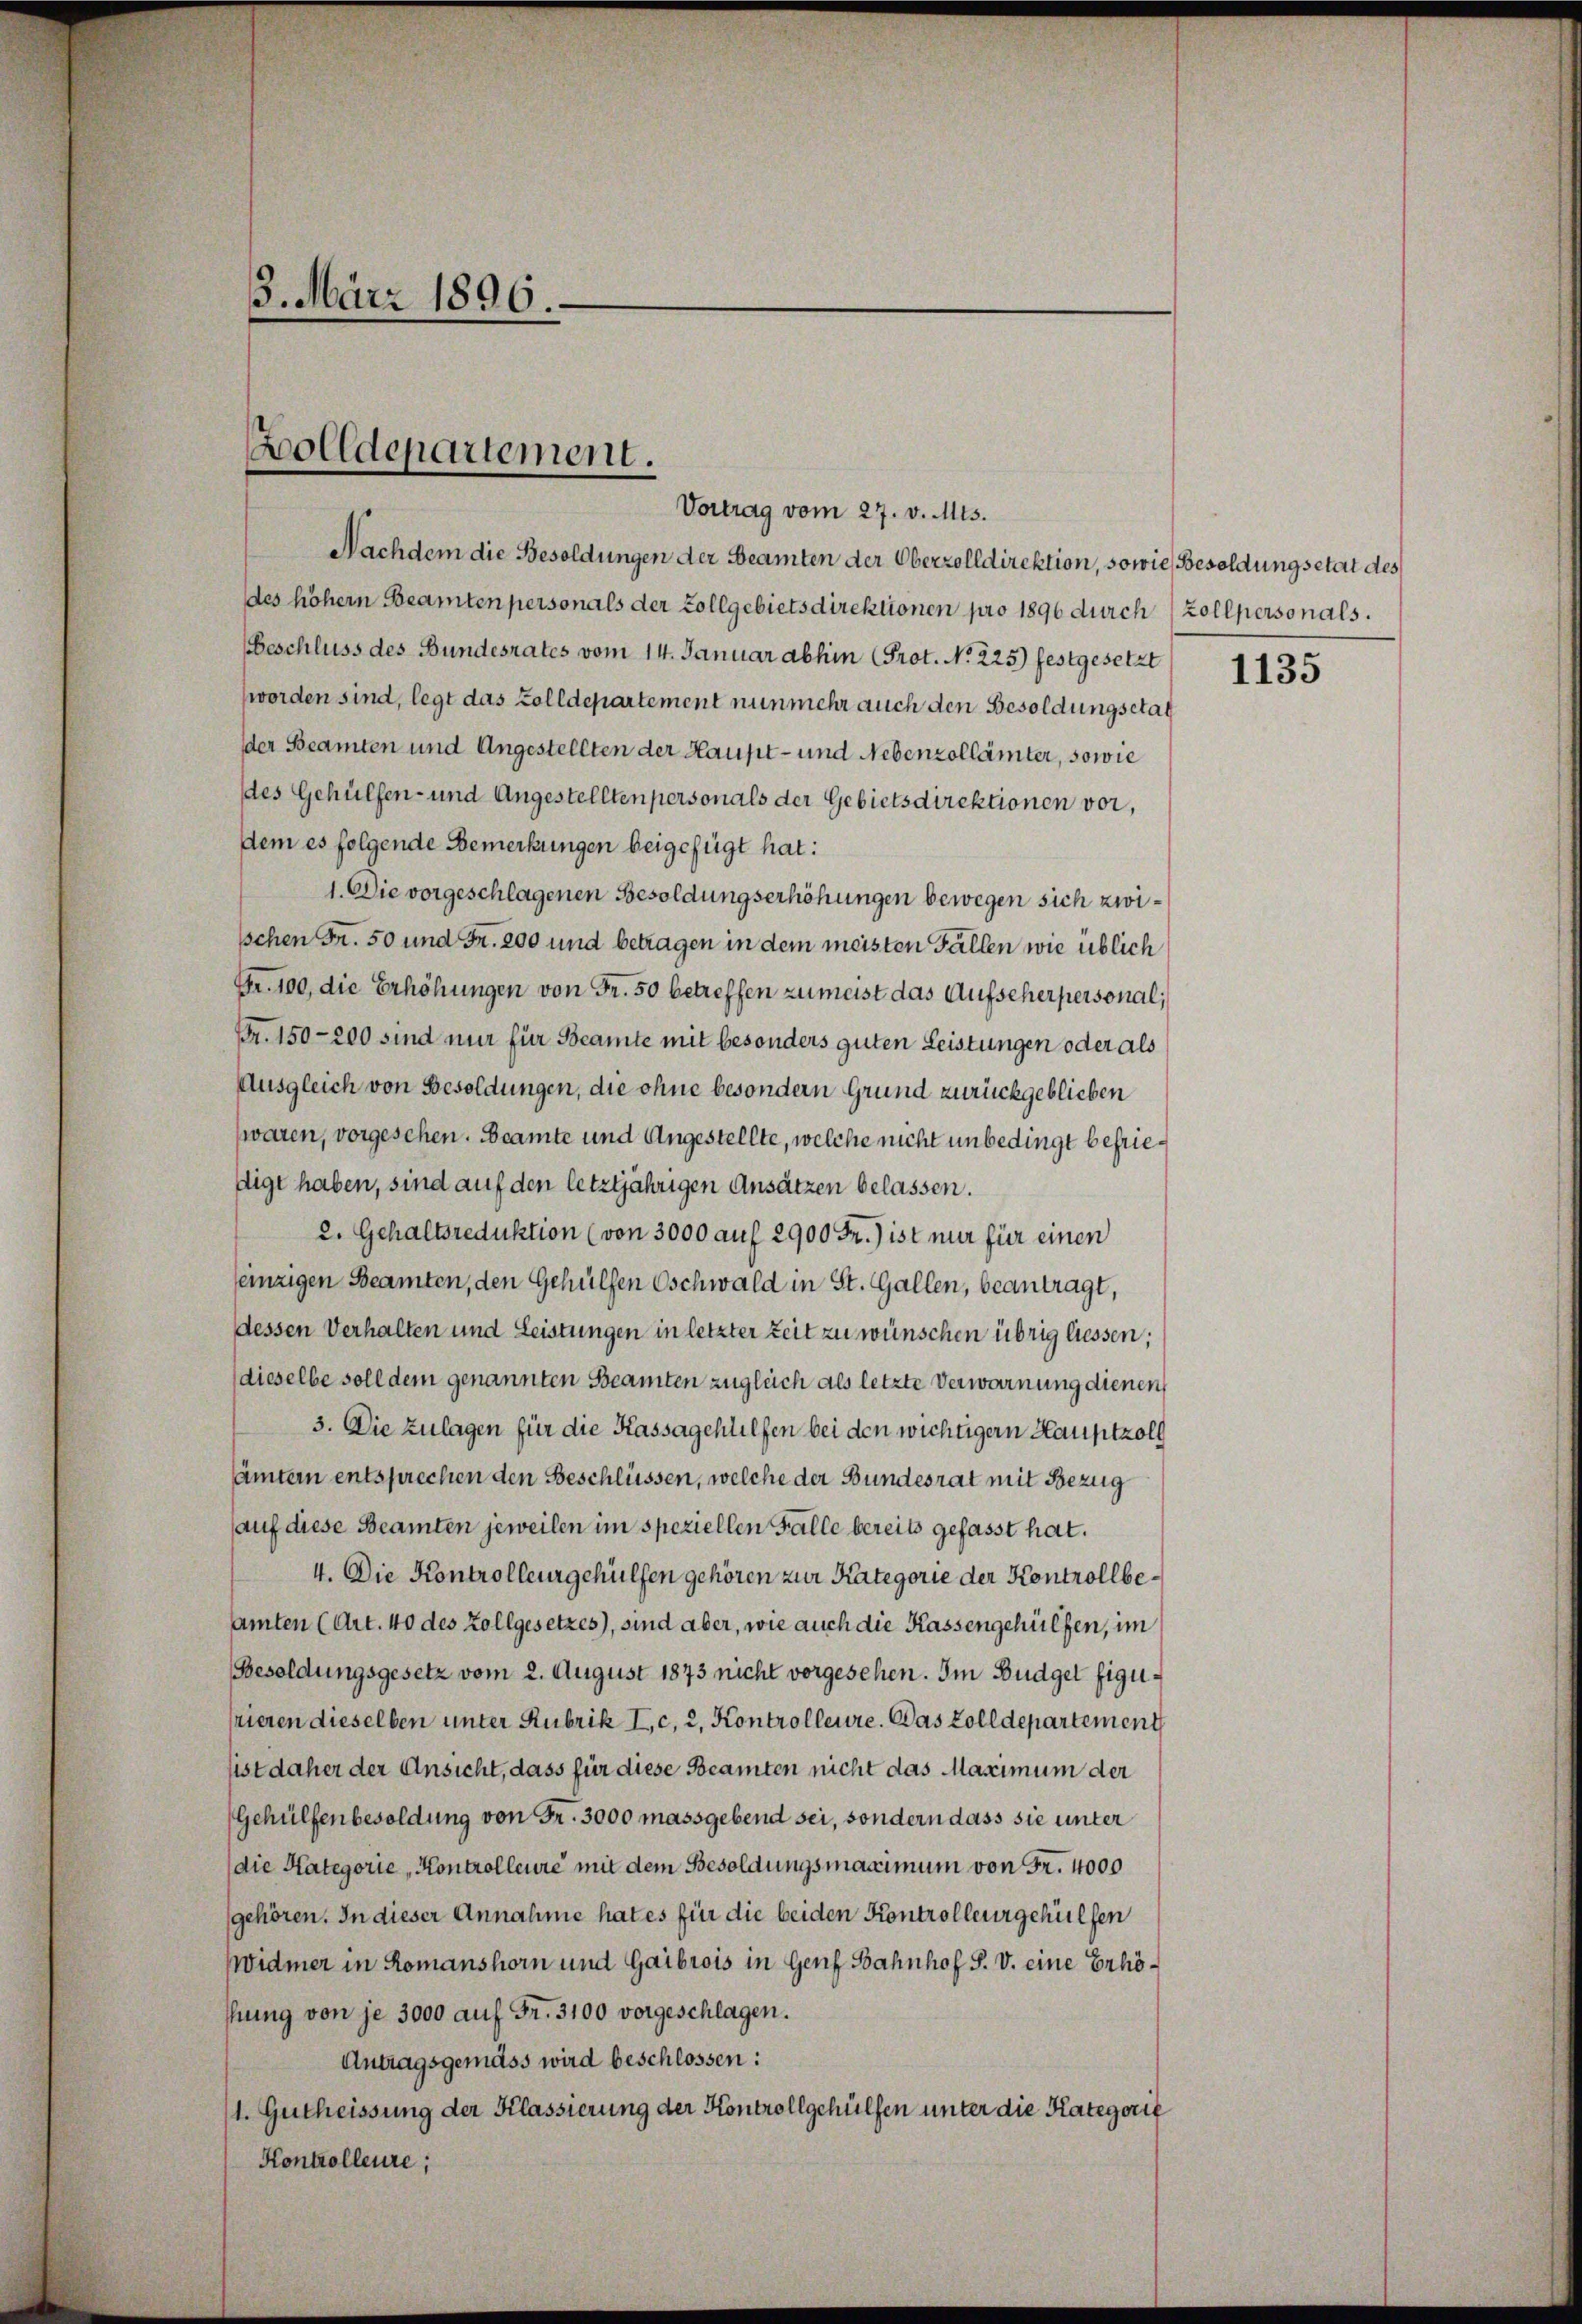
3. März 1896.

olldepartement.
Vortrag vom 27. v. Mts.

Nachdem die Besoldungen der Beamten der Oberzolldirektion, sowie Besoldungsetat des
des höhern Beamten personals der Zollgebietsdirektionen pro 1896 durch Zollpersonals.
beschluss des Bundesrates vom 14. Januar abhin (Prot. No 225) festgesetzt
worden sind, legt das Zolldepartement nunmehr auch den Besoldungsetag
der Beamten und Angestellten der Haupt- und Nebenzollämter, sowie
des Gehülfen- und Angestellten personals der Gebietsdirektionen vor,
dem es folgende Bemerkungen beigefügt hat:
1. Die vorgeschlagenen Besoldungserhöhungen bewegen sich zwi¬
Ischen Fr. 50 und Fr. 200 und betragen in dem meisten Fällen wie üblich
Fr. 100, die Erhöhungen von Fr. 50 betreffen zu meist das Aufseherpersonal,
Fr. 150-200 sind nur für Beamte mit besonders guten Leistungen oder als
Ausgleich von Besoldungen, die ohne besondern Grund zurückgeblieben
waren, vorgesehen. Beamte und Angestellte, welche nicht unbedingt befrieftigt haben, sind auf den letztjährigen Ansätzen belassen.
2. Gehaltsreduktion (von 3000 auf 2900 Fr.) ist nur für einen
eizigen Beamten, den Gehülfen Eschwald in St. Gallen, beantragt,
dessen Verhalten und Leistungen in letzter Zeit zu wünschen übrig liessen;
dieselbe soll dem genannten Beamten zugleich als letzte Verwarnung dienen
3. Die Zulagen für die Kassagehülfen bei den wichtigern Hauptzolg
ämtern entsprechen den Beschlüssen, welche der Bundesrat mit Bezug
auf diese Beamten jeweilen im speziellen Falle bereits gefasst hat.
4. Die Kontrolleur gehülfen gehören zur Kategorie der Kontrollbeamten (Art. 40 des Zollgesetzes), sind aber, wie auch die Kassengehülfen, im
Besoldungsgesetz vom 2. August 1873 nicht vorgesehen. Im Budget figufrieren dieselben unter Rubrik I c. 2. Kontrolleure. Das Zolldepartement
sist daher der Ansicht, dass für diese Beamten nicht das Maximum der
Gehülfenbesoldung von Fr. 3000 massgebend sei, sondern dass sie unter
die Kategorie Kontrolleure mit dem Besoldungsmaximum von Fr. 4000
gehören. In dieser Annahme hat es für die beiden Kontrolleur gehülfen
WWidmer in Romanshorn und Gaibrois in Genf Bahnhof S. v. eine Erhöshung von je 3000 auf Fr. 3100 vorgeschlagen.
Antragsgemäss wird beschlossen:
1. Gutheissung der Klassierung der Kontrollgehülfen unter die Kategorie
Konkolleure;

1135